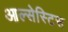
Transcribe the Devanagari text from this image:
आल्सेस्टिस